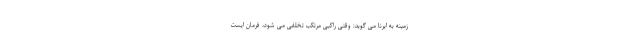
زمینه به ایرنا می گوید: وقتی راکبی مرتکب تخلفی می شود، فرمان ایست